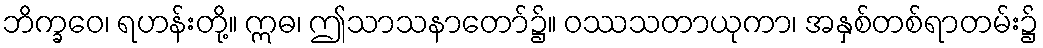
ဘိက္ခဝေ၊ ရဟန်းတို့။ ဣဓ၊ ဤသာသနာတော်၌။ ဝဿသတာယုကာ၊ အနှစ်တစ်ရာတမ်း၌